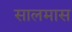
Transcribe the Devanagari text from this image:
सालमास